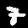
Label: 7